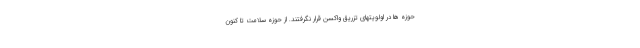
حوزه ها در اولویتهای تزریق واکسن قرار نگرفتند. از حوزه سلامت تا کنون